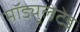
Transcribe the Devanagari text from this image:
मॉड्युलेटेड